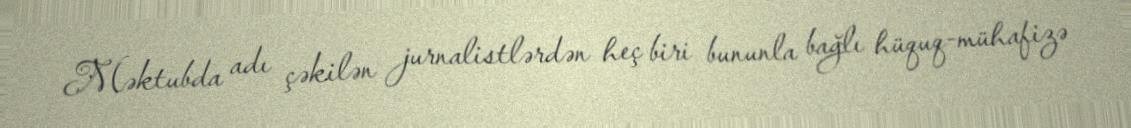
Məktubda adı çəkilən jurnalistlərdən heç biri bununla bağlı hüquq-mühafizə